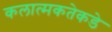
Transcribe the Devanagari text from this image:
कलात्मकतेकडे